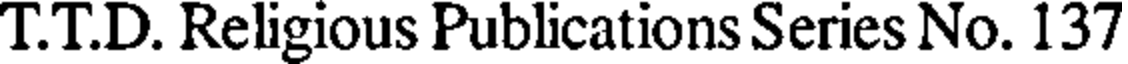
T.T.D. Religious Publications Series No. 137